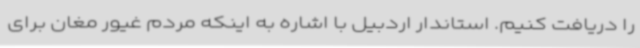
را دریافت کنیم. استاندار اردبیل با اشاره به اینکه مردم غیور مغان برای